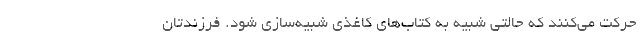
حرکت می‌کنند که حالتی شبیه به کتاب‌های کاغذی شبیه‌سازی شود. فرزندتان